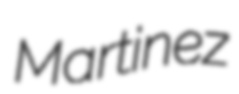
Martinez